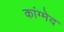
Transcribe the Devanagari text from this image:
कांग्मेद